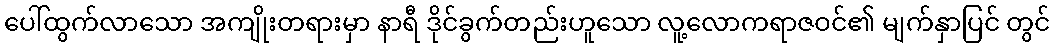
ပေါ်ထွက်လာသော အကျိုးတရားမှာ နာရီ ဒိုင်ခွက်တည်းဟူသော လူ့လောကရာဇဝင်၏ မျက်နှာပြင် တွင်